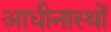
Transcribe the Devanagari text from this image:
आधीनास्थों